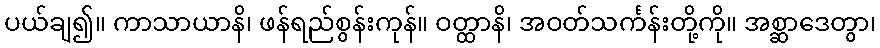
ပယ်ချ၍။ ကာသာယာနိ၊ ဖန်ရည်စွန်းကုန်။ ဝတ္ထာနိ၊ အဝတ်သင်္ကန်းတို့ကို။ အစ္ဆာဒေတွာ၊